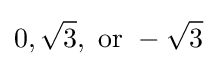
0,{\sqrt {3}},{\text{ or }}-{\sqrt {3}}